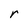
Character: r